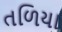
તળિયા